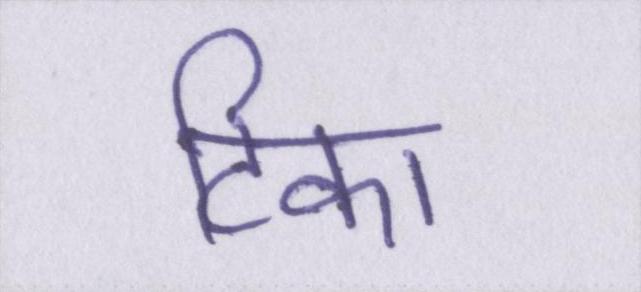
टिका